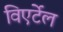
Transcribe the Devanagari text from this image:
विएर्टेल